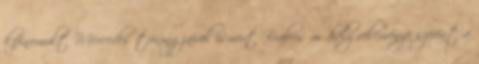
kifinomult Mercedes tuningjairól ismert Brabus műhely véleménye szerint a